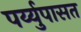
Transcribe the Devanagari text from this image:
पर्य्युपासत